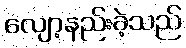
လျော့နည်းခဲ့သည်